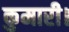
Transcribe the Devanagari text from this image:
कुमारी।